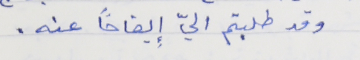
وقد طلبتم اليّ إيضاحاً عنه.